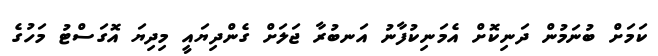
ކަމަށް ބުނަމުން ދަނިކޮށް އެމަނިކުފާނު އަނބުރާ ޖަލަށް ގެންދިޔައީ މިދިޔަ އޮގަސްޓު މަހުގެ